Vaccination Hyderabad 1872-1889 - 1872-1889
Year: 1872
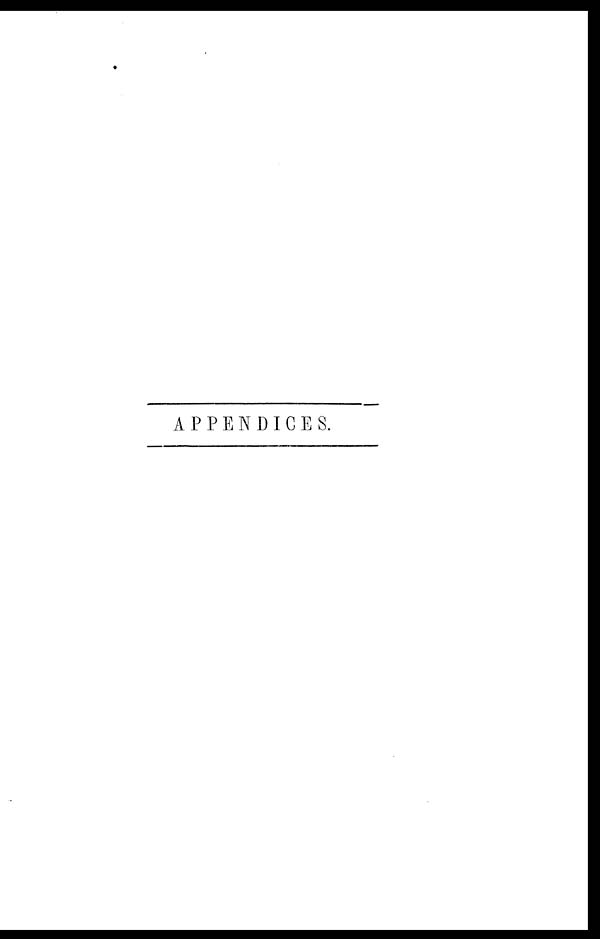
APPENDICES.